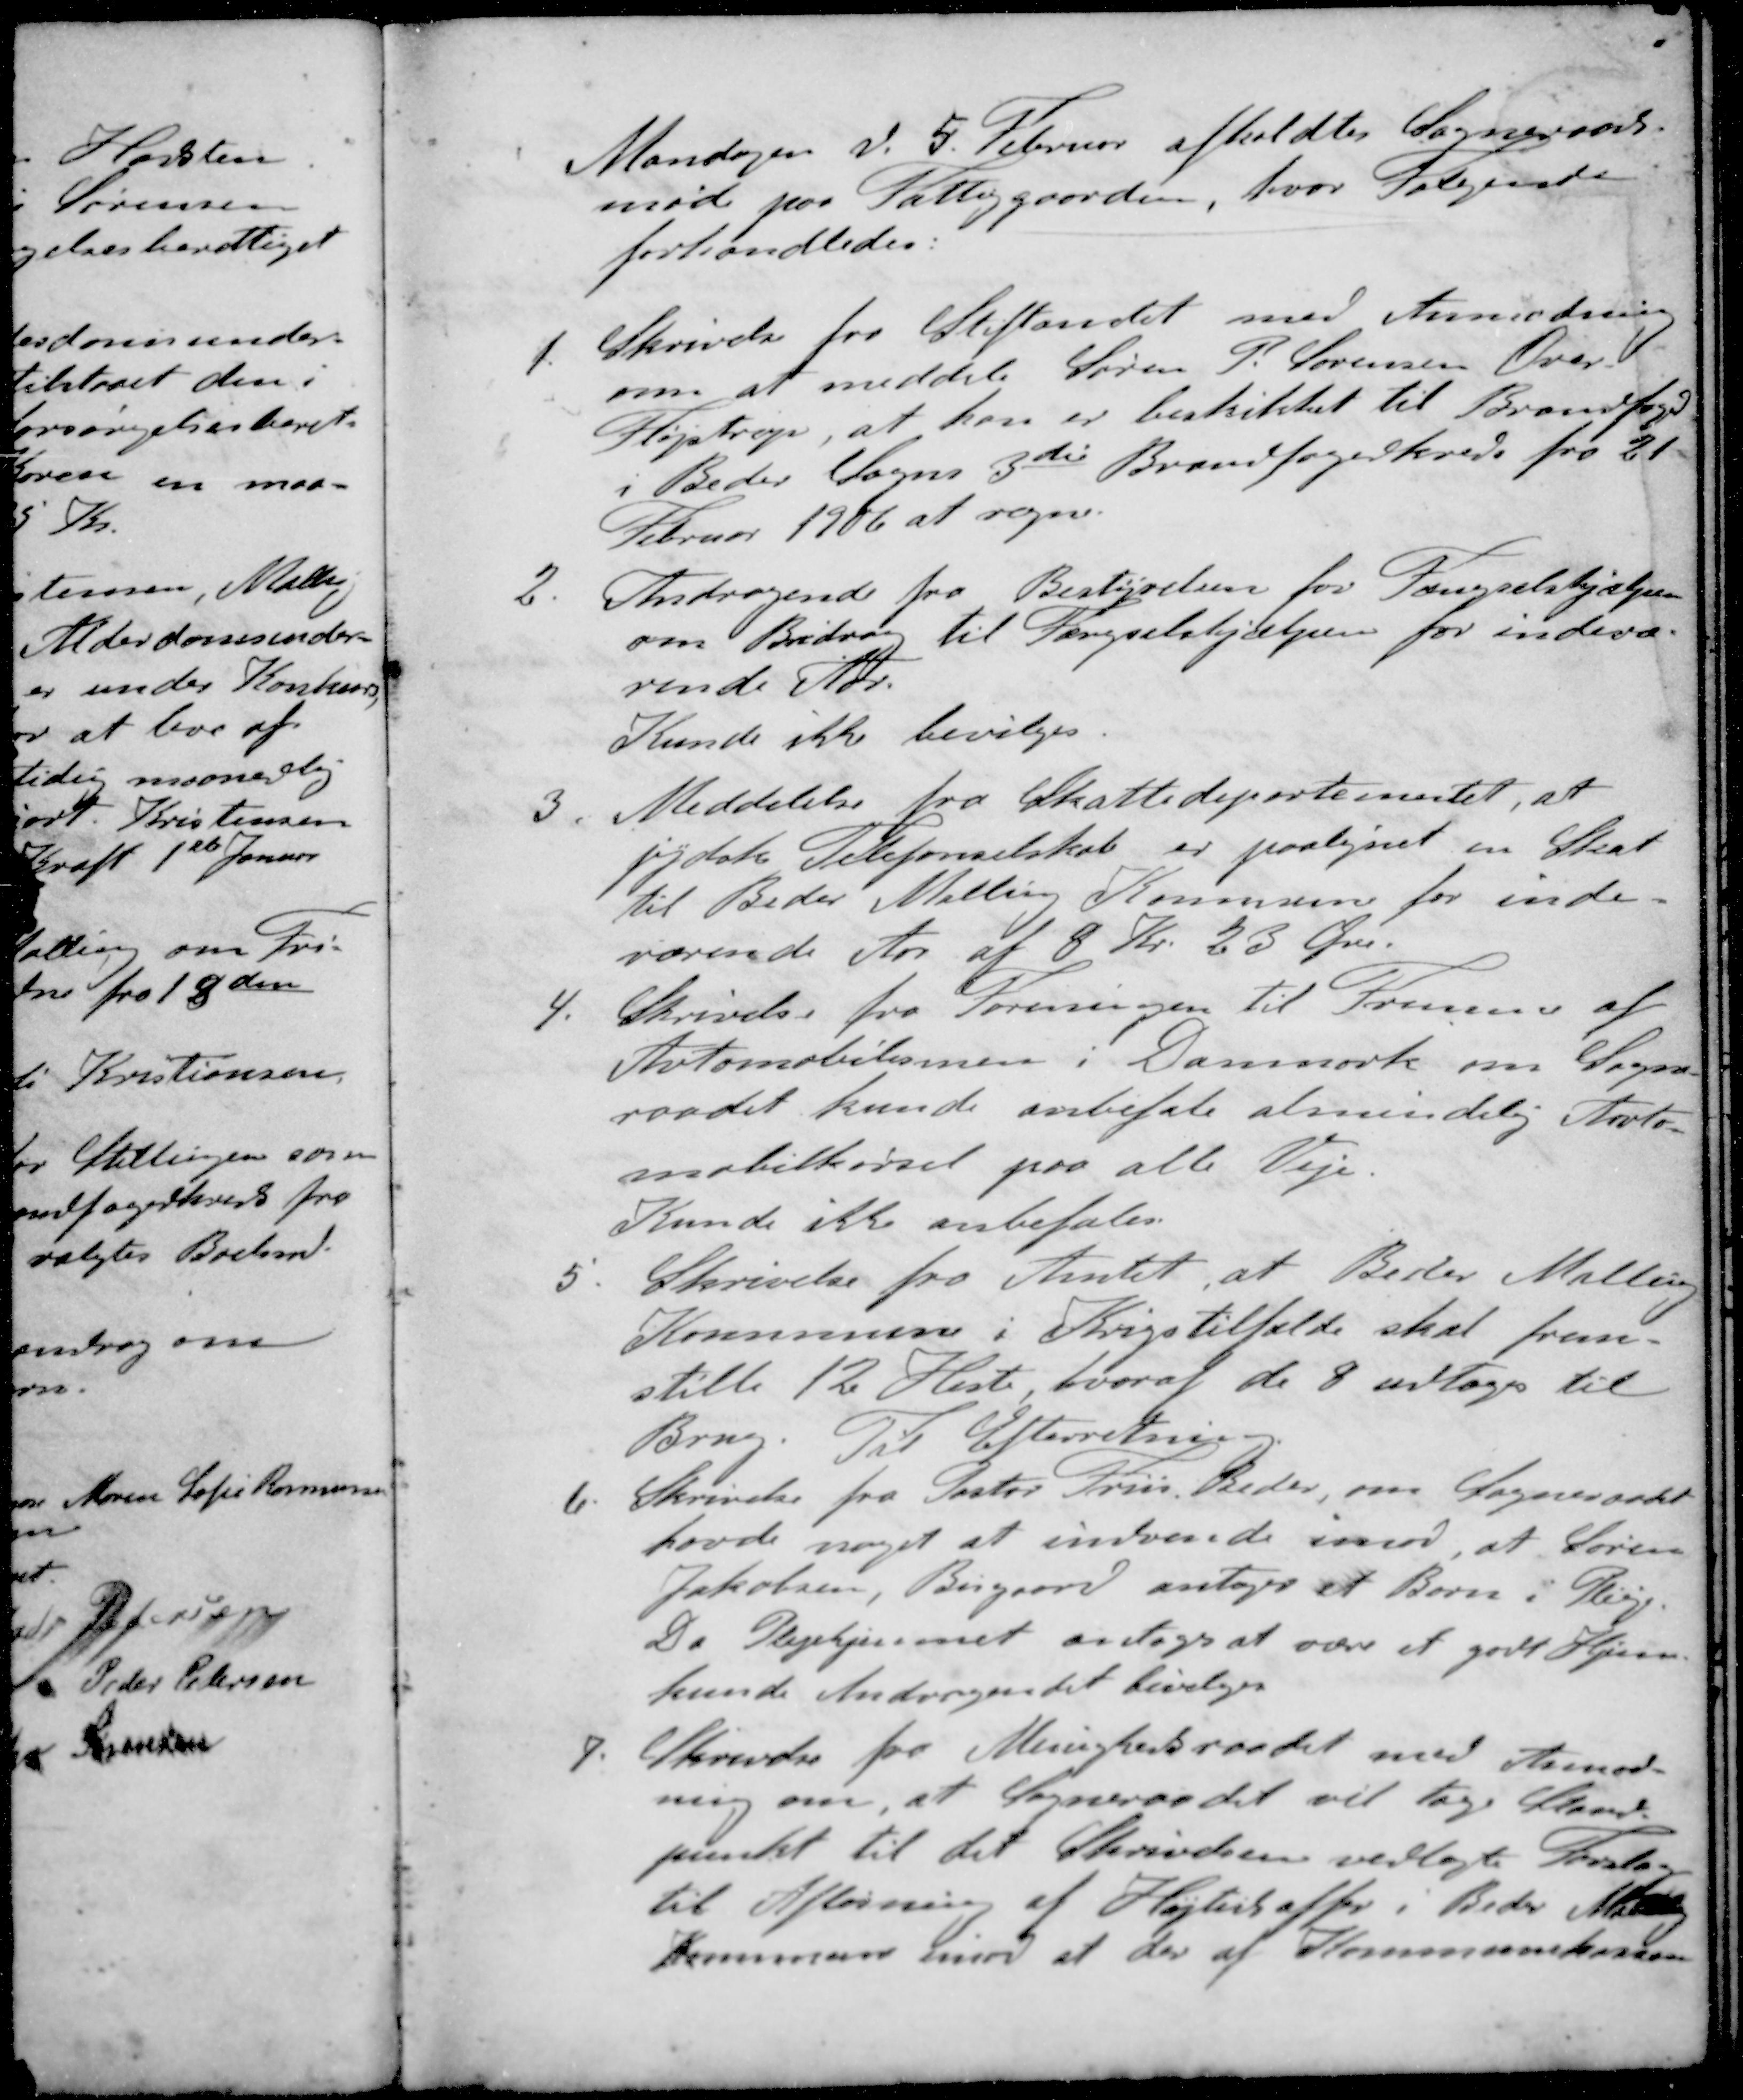
Transskription:
Mandagen d. 5. Februar afholdtes Sogneraads-
møde paa Fattiggaarden, hvor Følgende
forhandledes:
1. Skrivelse fra Stiftandet med Anmodning
som at meddele Søren P. Sørensen Over
Fløjstrup, at han er bestrikket til Brandfoged
i Beder Sogns 3de Brandfogedkreds fra 21
Februar 1906 at regne.
2. Andragende fra Bestyrelsen for Fængselshjælpen
om Bidrag til Fængselshjælpen for indevæ-
rende Aar.
Kunde ikke bevilges
3. Meddelelse fra Skattedepartementet, at
Jydsk Telefonselskab er paalignet en Skat
til Beder Malling Kommune for inde-
værende Aar af 8 Kr. 25 Øre.
4. Skrivelse fra Foreningen til Fremme af
Automobilismen i Danmark om Sogne-
raadet kunde anbefale almindelig Auto-
mobilkørsel paa alle Veje.
Kunde ikke anbefales.
5. Skrivelse fra Amtet, at Beder Malling
Kommune i Krigstilfælde skal frem-
stille 12 Hest, hvoraf de 8 udtages til
Brug. Til Efterretning.
6. Skrivelse fra Pastor Friis, Beder, om Sogneraadet
havde noget at indvende imod, at Søren
Jakobsen, Bisgaard antager et Barn i Pleie.
Da Plejehjemmet antoges at være et godt Hjem
kunde Andragendet bevilges
7. Skrivelse fra Menighedsraadet med Anmod-
ning om, at Sogneraadet vil tage Stand-
punkt til det Skrivelsen vedlagte Forslag
til Afløsning af Højtidsoffer i Beder Malling
kommune imod at der af Kommunekassen